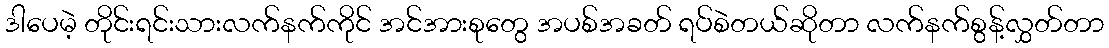
ဒါပေမဲ့ တိုင်းရင်းသားလက်နက်ကိုင် အင်အားစုတွေ အပစ်အခတ် ရပ်စဲတယ်ဆိုတာ လက်နက်စွန့်လွှတ်တာ